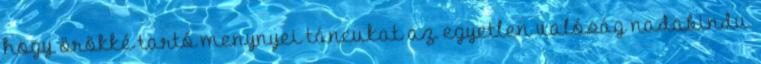
hogy örökké tartó menynyei táncukat az egyetlen valóság nadabindu